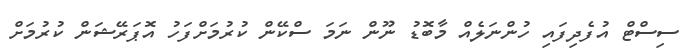
ސިސްޓް އުފެދިފައި ހުންނަލެއް މާބޮޑު ނޫން ނަމަ ސްކޭން ކުރުމަށްފަހު އޮޕަރޭޝަން ކުރުމަށް